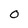
Character: 0